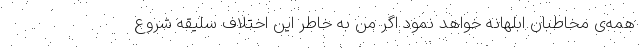
همه‌ی مخاطبان ابلهانه خواهد نمود اگر من به خاطر این اختلاف سلیقه شروع